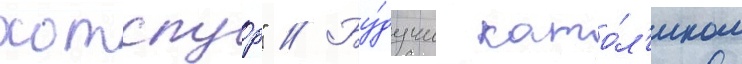
хотспур" // Бу́дучи като́л'иком